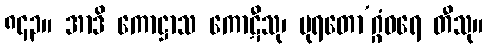
၈၄၃။ အာဒိ ကောဋ္ဌာသ ကောဋီသု၊ ပုရတော’ဂ္ဂံဝရေ တီသု။